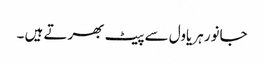
جانور ہریاول سے پیٹ بھرتے ہیں ۔